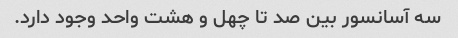
سه آسانسور بین صد تا چهل و هشت واحد وجود دارد.